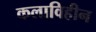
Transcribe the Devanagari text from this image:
कलाविहीन